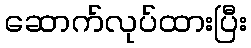
ဆောက်လုပ်ထားပြီး